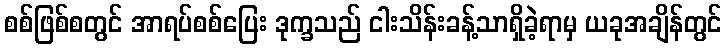
စစ်ဖြစ်စတွင် အာရပ်စစ်ပြေး ဒုက္ခသည် ငါးသိန်းခန့်သာရှိခဲ့ရာမှ ယခုအချိန်တွင်